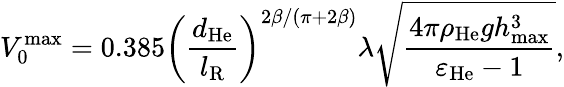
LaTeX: V_{0}^{\operatorname*{max}}=0.385\left(\frac{d_{\mathrm{He}}}{l_{\mathrm{R}}}\right)^{2\beta/\left(\pi+2\beta\right)}\lambda\sqrt{\frac{4\pi\rho_{\mathrm{He}}gh_{\operatorname*{max}}^{3}}{\varepsilon_{\mathrm{He}}-1}},